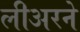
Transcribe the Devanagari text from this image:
लीअरने